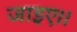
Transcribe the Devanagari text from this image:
जाइए।।